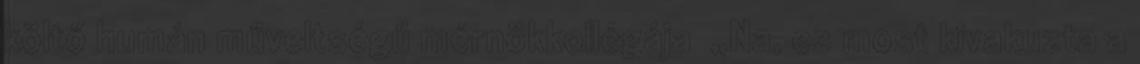
költő humán műveltségű mérnökkollégája „Na, ez most kivakuzta a